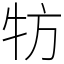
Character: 牥